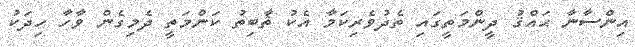
އިންސާނާ ޙައްޤު ދީންމަތީގައި ތެދުވެރިކަމާ އެކު ޘާބިތު ކަންމަތީ ދެމިގެން ވާހާ ހިދަކު